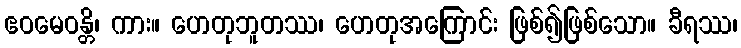
ဧဝမေဝန္တိ၊ ကား။ ဟေတုဘူတဿ၊ ဟေတုအကြောင်း ဖြစ်၍ဖြစ်သော။ ခီရဿ၊